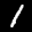
Label: 1